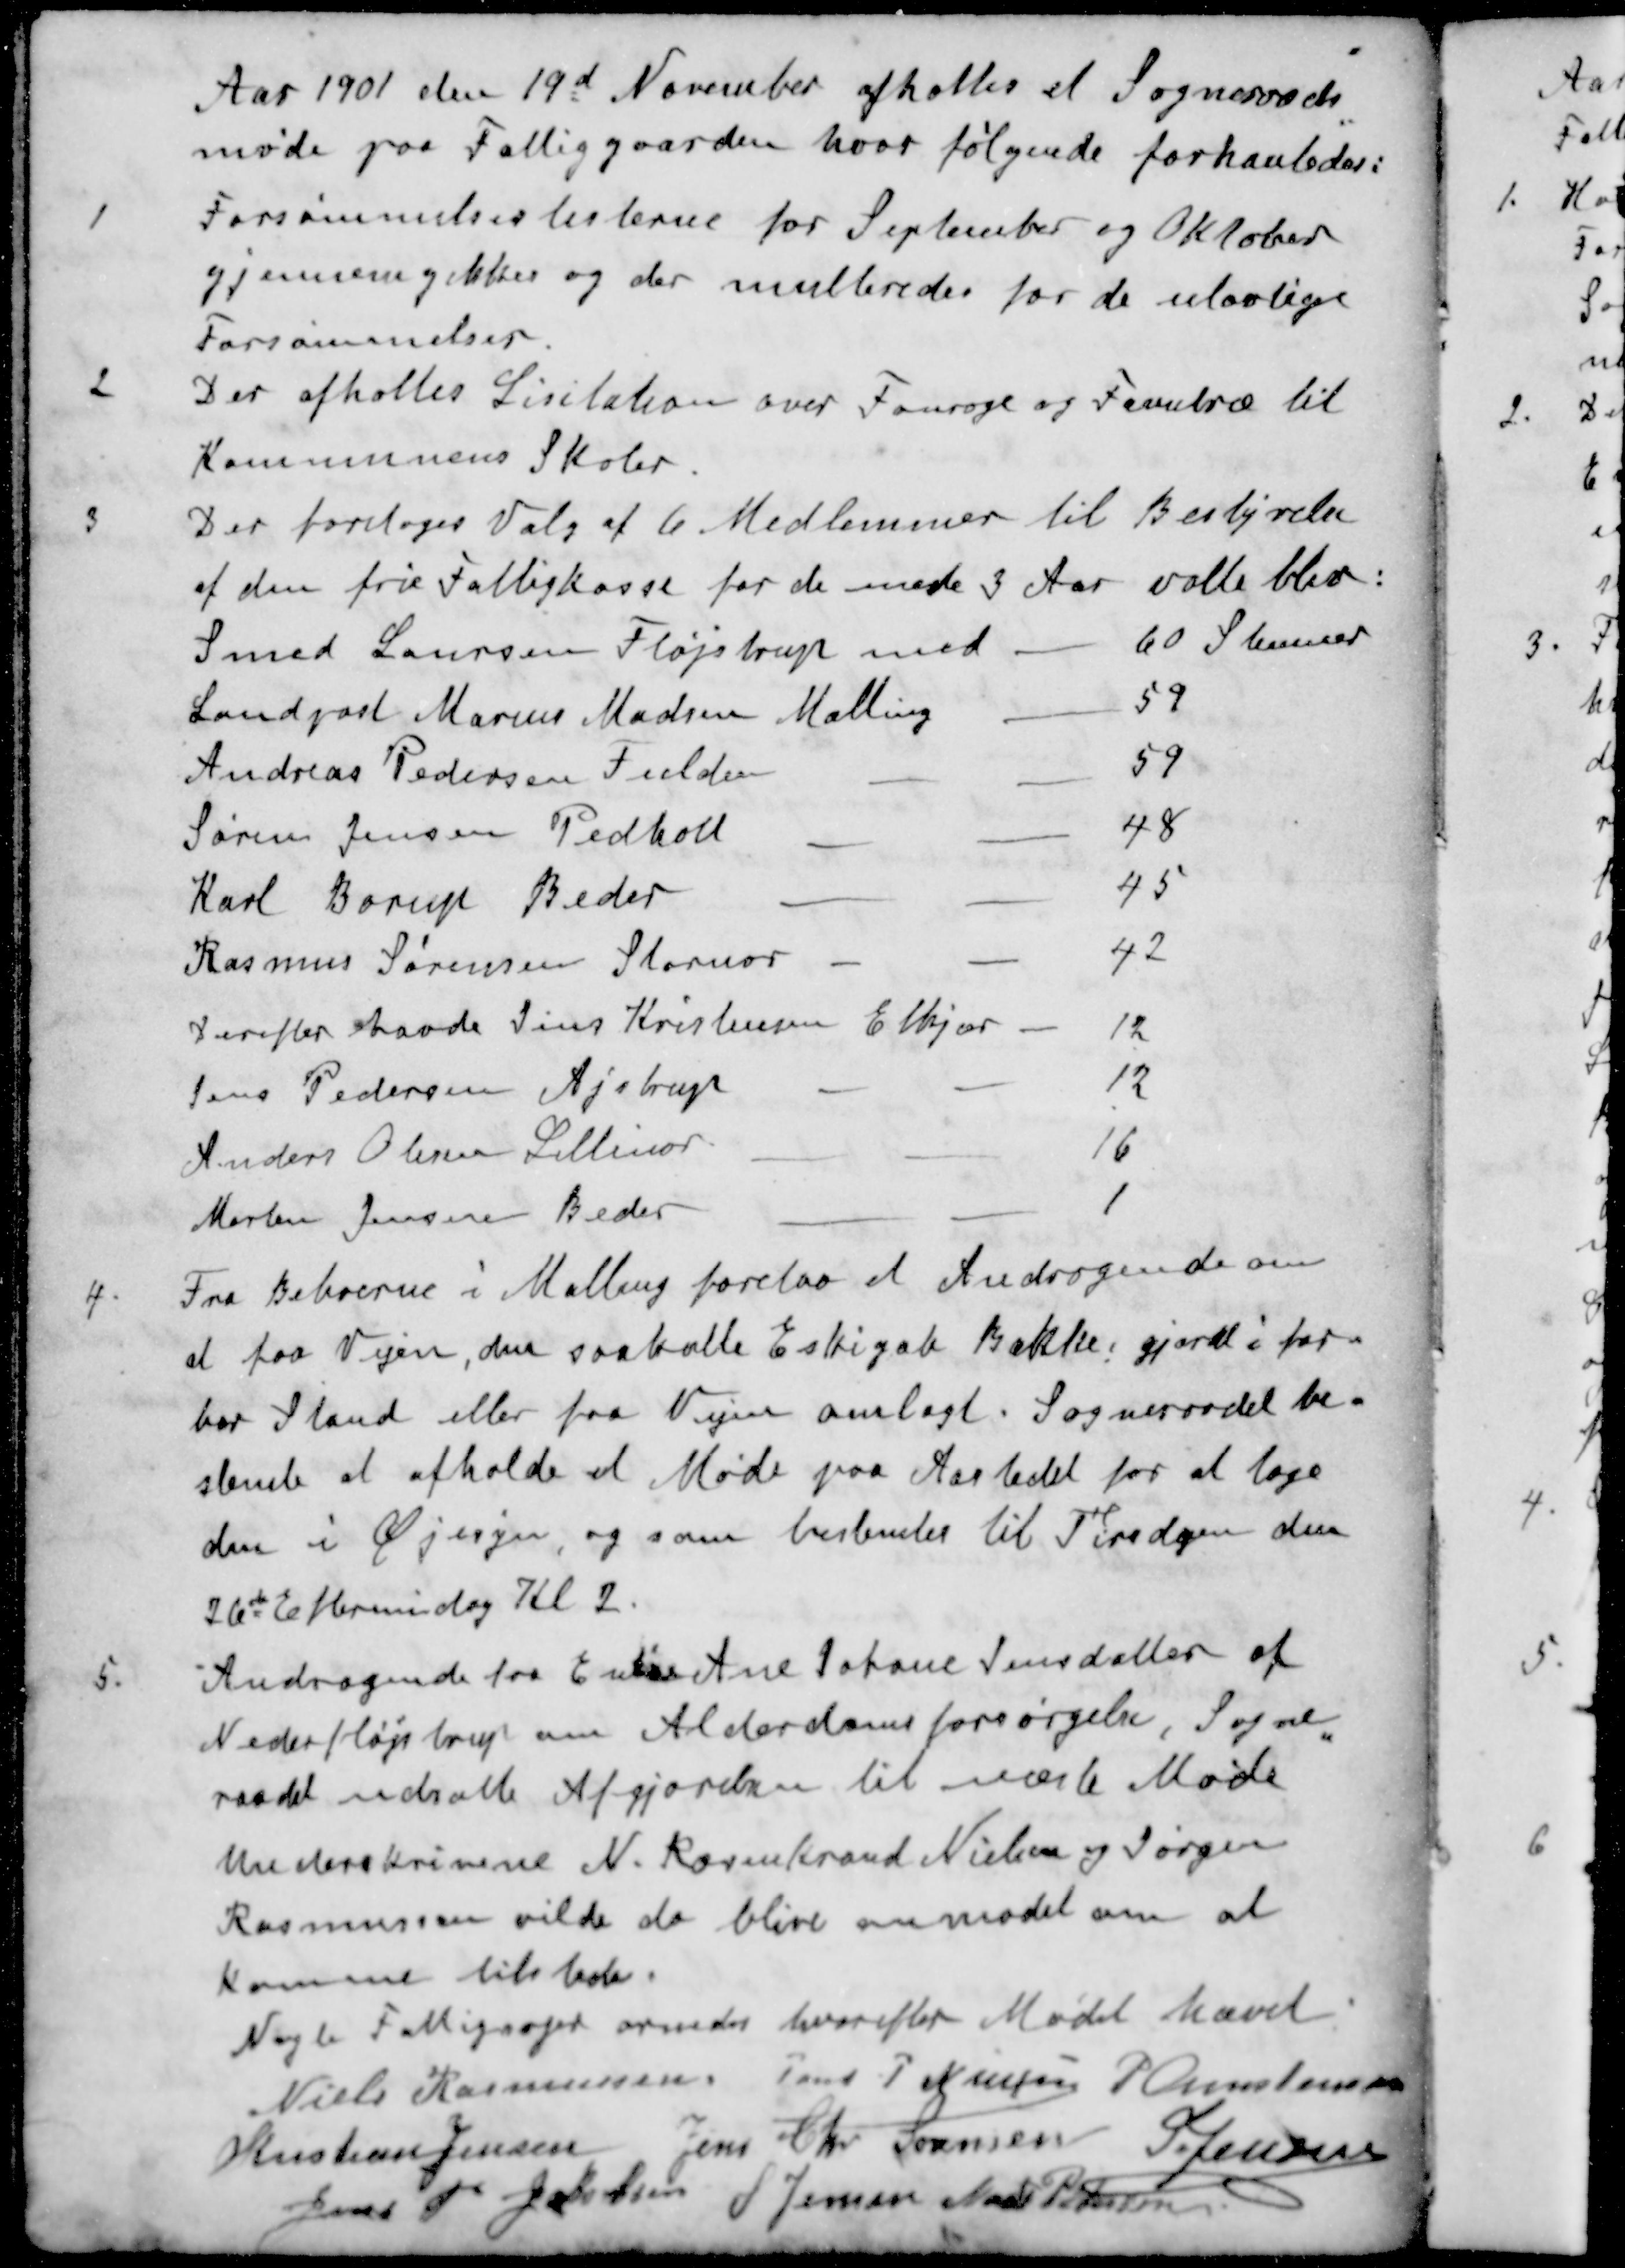
Transskription:
Aar 1901 den 19d November afholtes et Sogneraads
møde paa Fattiggaarden hvor følgende forhanledes:
1 Forsømmelseslisterne for September og Oktober
gjennemgikkesog der multeredes for de ulovlige
Forsømmelser
2 Der afholtes Licitation over Fouroge og Favntræ til
Kommunens Skoler.
3 Der foretoges Valg af 6 Medlemmer til Bestyrelse
af den frie Fattigkasse for de neste 3 Aar valte blev:
Smed Laursen Fløjstrup med.
60 Stemmer
Landpost Marius Madsen Malling
59
Andreas Pedersen Fulden
59
Søren Jensen Pedholt
48
Karl Borup Beder
45
Rasmus Sørensen Stornor
42
Derefter havde Jens Kristensen Elkjær.
12
Jens Pedersen Ajstrup
12
Anders Olesen Lillenor.
16
Morten Jensen Beder
1
4. Fra Beboerne i Malling forelaa et Andragende om
at faa Vejen, den saakalte Eskigab Bakke, gjord i far
bar Stand eller faa Vejen omlagt. Sogneraadet be-
stemte at afholde et Møde paa Aastedet for at tage
den i Øjesyn, og som bestemtes til Tirsdagen den
26de Eftermidag Kl 2.
5. Andragende fra Enke Ane Johane Jensdatter af
Nederfløjstrup om Alderdomsforsørgelse, Sogne
raadet udsatte Afgjørelsen til næste Møde
Underskrivene N. Rosenkrand Nielsen og Jørgen
Rasmussen vilde da blive anmodet om at
komme tilstede.
Nogle Fattigsager ornedes hvorefter Mødet hævet
Niels Rasmussen
Jens P Nielsen
P Christensen
Kristian Jensen
Jens Chr Sørensen
S Jensen
Jens P Jacobsen
S Jensen
Mads Pedersen